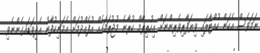
ނަމަވެސް އެކަން ހުއްޓާލައި ވިޔަފާރިވެރިންނަށް އިހުތިރާމް ކުރާނެ މުޖުތަމައެއް އުފެއްދުމަށް އެމަނިކުފާނު އެދިވަޑައގެންނެވި